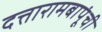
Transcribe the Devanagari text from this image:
दत्तारामबापूंची